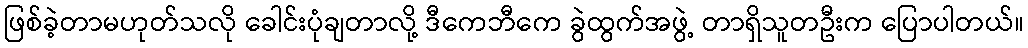
ဖြစ်ခဲ့တာမဟုတ်သလို ခေါင်းပုံချတာလို့ ဒီကေဘီကေ ခွဲထွက်အဖွဲ့ တာရှိသူတဦးက ပြောပါတယ်။